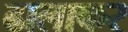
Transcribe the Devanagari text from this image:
ढालाकर